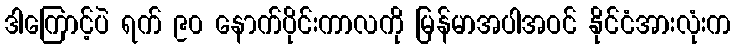
ဒါကြောင့်ပဲ ရက် ၉၀ နောက်ပိုင်းကာလကို မြန်မာအပါအဝင် နိုင်ငံအားလုံးက